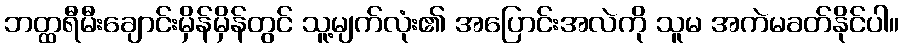
ဘတ္ထရီမီးချောင်းမှိန်မှိန်တွင် သူ့မျက်လုံး၏ အပြောင်းအလဲကို သူမ အကဲမခတ်နိုင်ပါ။